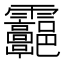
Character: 𩇑